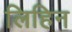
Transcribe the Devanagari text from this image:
लिहिन